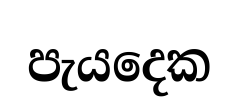
පැයදෙක